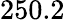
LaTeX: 250.2